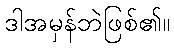
ဒါအမှန်ဘဲဖြစ်၏။